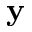
\textbf { y }